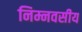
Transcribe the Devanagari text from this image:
निम्नवसीय